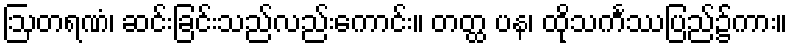
ဩတရဏံ၊ ဆင်းခြင်းသည်လည်းကောင်း။ တတ္ထ ပန၊ ထိုသင်္ကဿပြည်၌ကား။